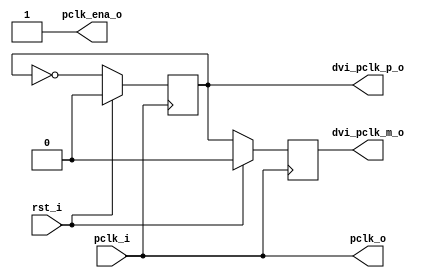
module vga_clkgen (
	pclk_i, rst_i, pclk_o, dvi_pclk_p_o, dvi_pclk_m_o, pclk_ena_o
);

	// inputs & outputs

	input  pclk_i;       // pixel clock in
	input  rst_i;        // reset input

	output pclk_o;       // pixel clock out

	output dvi_pclk_p_o; // dvi cpclk+ output
	output dvi_pclk_m_o; // dvi cpclk- output

	output pclk_ena_o;   // pixel clock enable output

	//
	// variable declarations
	//
	reg dvi_pclk_p_o;
	reg dvi_pclk_m_o;

	//////////////////////////////////
	//
	// module body
	//

	// These should be registers in or near IO buffers
	always @(posedge pclk_i)
	  if (rst_i) begin
	    dvi_pclk_p_o <= #1 1'b0;
	    dvi_pclk_m_o <= #1 1'b0;
	  end else begin
	    dvi_pclk_p_o <= #1 ~dvi_pclk_p_o;
	    dvi_pclk_m_o <= #1 dvi_pclk_p_o;
	  end


`ifdef VGA_12BIT_DVI
	// DVI circuit
	// pixel clock is half of the input pixel clock

	reg pclk_o, pclk_ena_o;

	always @(posedge pclk_i)
	  if (rst_i)
	    pclk_o <= #1 1'b0;
	  else
	    pclk_o <= #1 ~pclk_o;

	always @(posedge pclk_i)
	  if (rst_i)
	    pclk_ena_o <= #1 1'b1;
	  else
	    pclk_ena_o <= #1 ~pclk_ena_o;

`else
	// No DVI circuit
	// Simply reroute the pixel clock input

	assign pclk_o     = pclk_i;
	assign pclk_ena_o = 1'b1;
`endif

endmodule